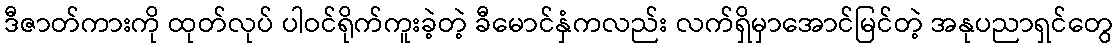
ဒီဇာတ်ကားကို ထုတ်လုပ် ပါဝင်ရိုက်ကူးခဲ့တဲ့ ခီမောင်နှံကလည်း လက်ရှိမှာအောင်မြင်တဲ့ အနုပညာရှင်တွေ